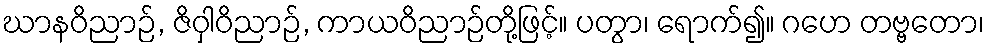
ဃာနဝိညာဉ်, ဇိဝှါဝိညာဉ်, ကာယဝိညာဉ်တို့ဖြင့်။ ပတွာ၊ ရောက်၍။ ဂဟေ တဗ္ဗတော၊